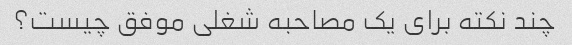
چند نکته برای یک مصاحبه شغلی موفق چیست؟